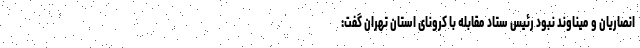
انصاریان و میناوند نبود رئیس ستاد مقابله با کرونای استان تهران گفت: